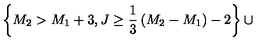
\left\{ M _ { 2 } > M _ { 1 } + 3 , J \ge { \frac { 1 } { 3 } } \left( M _ { 2 } - M _ { 1 } \right) - 2 \right\} \cup